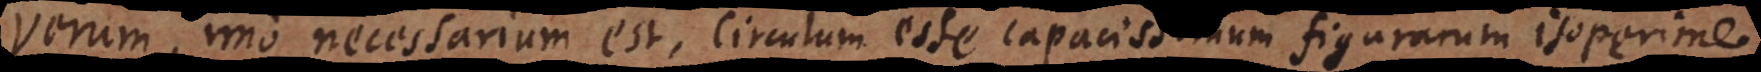
Verum, imo necessarium est, circulum esse capacissimum figurarum isoperime